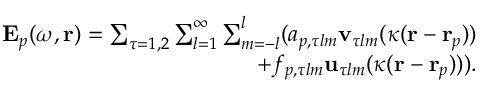
\begin{array} { r } { \mathbf { E } _ { p } ( \omega , \mathbf { r } ) = \sum _ { \tau = 1 , 2 } \sum _ { l = 1 } ^ { \infty } \sum _ { m = - l } ^ { l } ( a _ { p , \tau l m } \mathbf { v } _ { \tau l m } ( \kappa ( \mathbf { r } - \mathbf { r } _ { p } ) ) } \\ { + f _ { p , \tau l m } \mathbf { u } _ { \tau l m } ( \kappa ( \mathbf { r } - \mathbf { r } _ { p } ) ) ) . } \end{array}